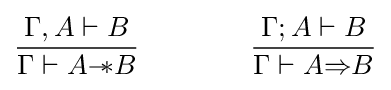
{\frac {\Gamma ,A\vdash B}{\Gamma \vdash A{-\!\!*}B}}\qquad \qquad {\frac {\Gamma ;A\vdash B}{\Gamma \vdash A{\Rightarrow }B}}